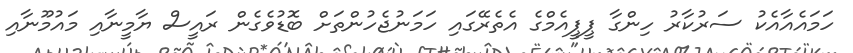
ހަމައެއާއެކު ސަރުކާރު ހިންގާ ޕީޕީއެމްގެ އެތެރޭގައި ހަމަނުޖެހުންތަށް ބޮޑުވެގެން ރައީސް ޔާމީނާއި މައުމޫނާއި